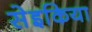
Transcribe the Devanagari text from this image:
सेइकिया